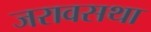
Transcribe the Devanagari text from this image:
जरावसथा